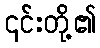
၎င်းတို့၏